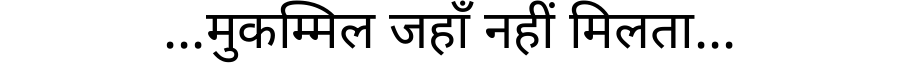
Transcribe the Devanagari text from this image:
...मुकम्मिल जहाँ नहीं मिलता...